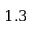
1 . 3